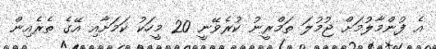
އެ ފުންމާލުމަށް ޖުމުލަ ތަމްރީނު ކުރެވޭނީ 20 މީހަކު ކަމަށާއި އޭގެ ތެރެއިން